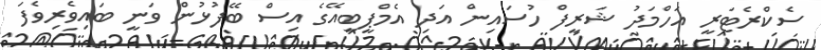
ސެކްރެޓަރީ އަހްމަދު ޝަރީފް ހުސައިން އަދި އެމްޕީބީއޭގެ އިސް ބޭފުޅުން ވަނީ ބައިވެރިވެފަ